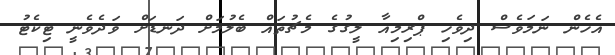
އެހެން ނަމަވެސް ދިވެހި ޕްރިމިއާ ލީގުގެ މެޗުތައް ބެލުމަށް ދަނޑަށް ވަދެވެނީ ޓިކެޓު